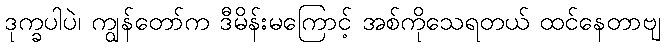
ဒုက္ခပါပဲ၊ ကျွန်တော်က ဒီမိန်းမကြောင့် အစ်ကိုသေရတယ် ထင်နေတာဗျ